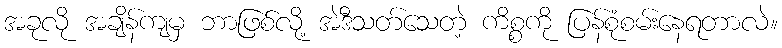
အခုလို အချိန်ကျမှ ဘာဖြစ်လို့ အဲဒီသတ်သေတဲ့ ကိစ္စကို ပြန်စုံစမ်းနေရတာလဲ။